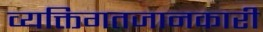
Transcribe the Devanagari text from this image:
व्यक्तिगतजानकारी